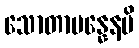
သောတာပန္နေနပိ